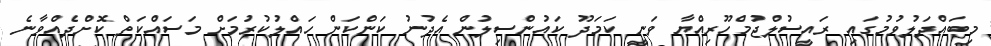
މިބައްދަލުވުމުގައި ރައީސުލްޖުމްހޫރިއްޔާ ވަނީ ކަމަދޫ ކައުންސިލުން އެދުނު ކަންކަން ހައްލުކުރުމަށް މަސައްކަތް ކޮށްދެއްވާނެ